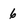
Character: 6